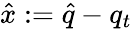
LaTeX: \hat{x}:=\hat{q}-q_{t}